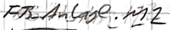
Text: FB_Anlage.M2